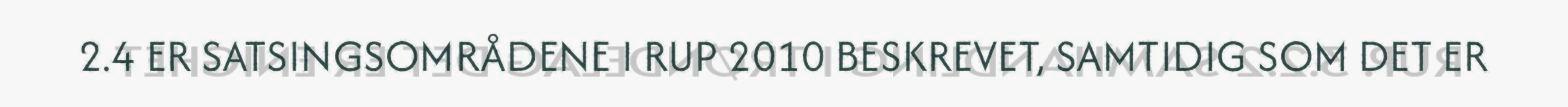
2.4 ER SATSINGSOMRÅDENE I RUP 2010 BESKREVET, SAMTIDIG SOM DET ER